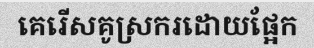
គេរើសគូស្រករដោយផ្អែក